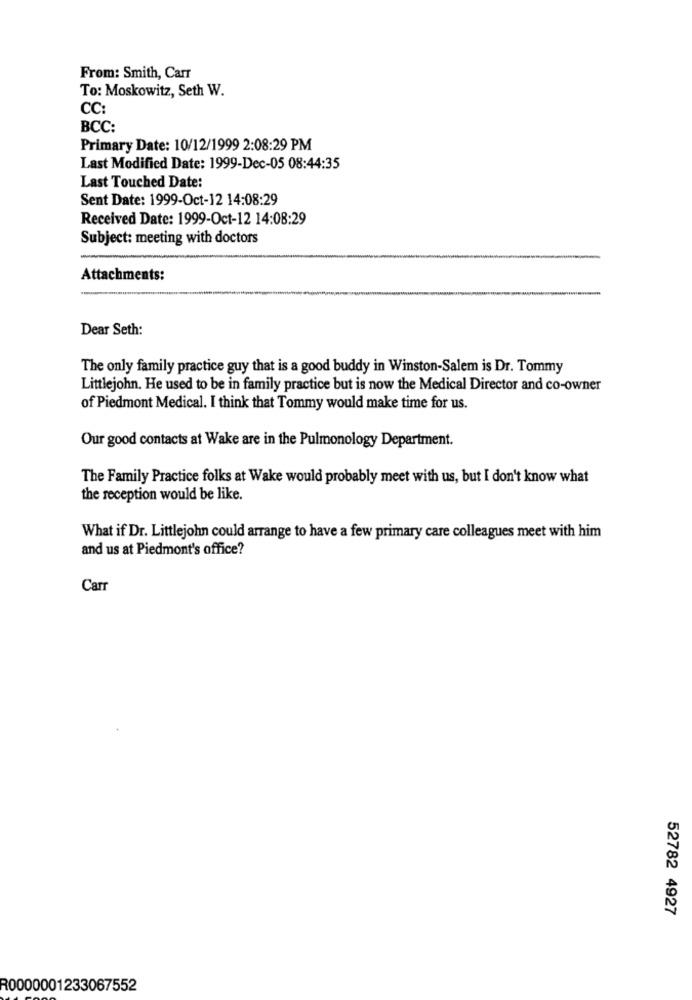
From: Smith, Carr
To: Moskowitz, Seth W.
CC:
BCC:
Primary Date: 10/12/1999 2:08:29 PM
Last Modified Date: 1999-Dec-05 08:44:35
Last Touched Date:
Sent Date: 1999-Oct-12 14:08:29
Received Date: 1999-Oct-12 14:08:29
Subject: meeting with doctors
Attachments:
Dear Seth:
The only family practice guy that is a good buddy in Winston-Salem is Dr. Tommy
Littlejohn. He used to be in family practice but is now the Medical Director and co-owner
of Piedmont Medical. I think that Tommy would make time for us.
Our good contacts at Wake are in the Pulmonology Department.
The Family Practice folks at Wake would probably meet with us, but I don't know what
the reception would be like.
What if Dr. Littlejohn could arrange to have a few primary care colleagues meet with him
and us at Piedmont's office?
Carr
52782 4927
R0000001233067552